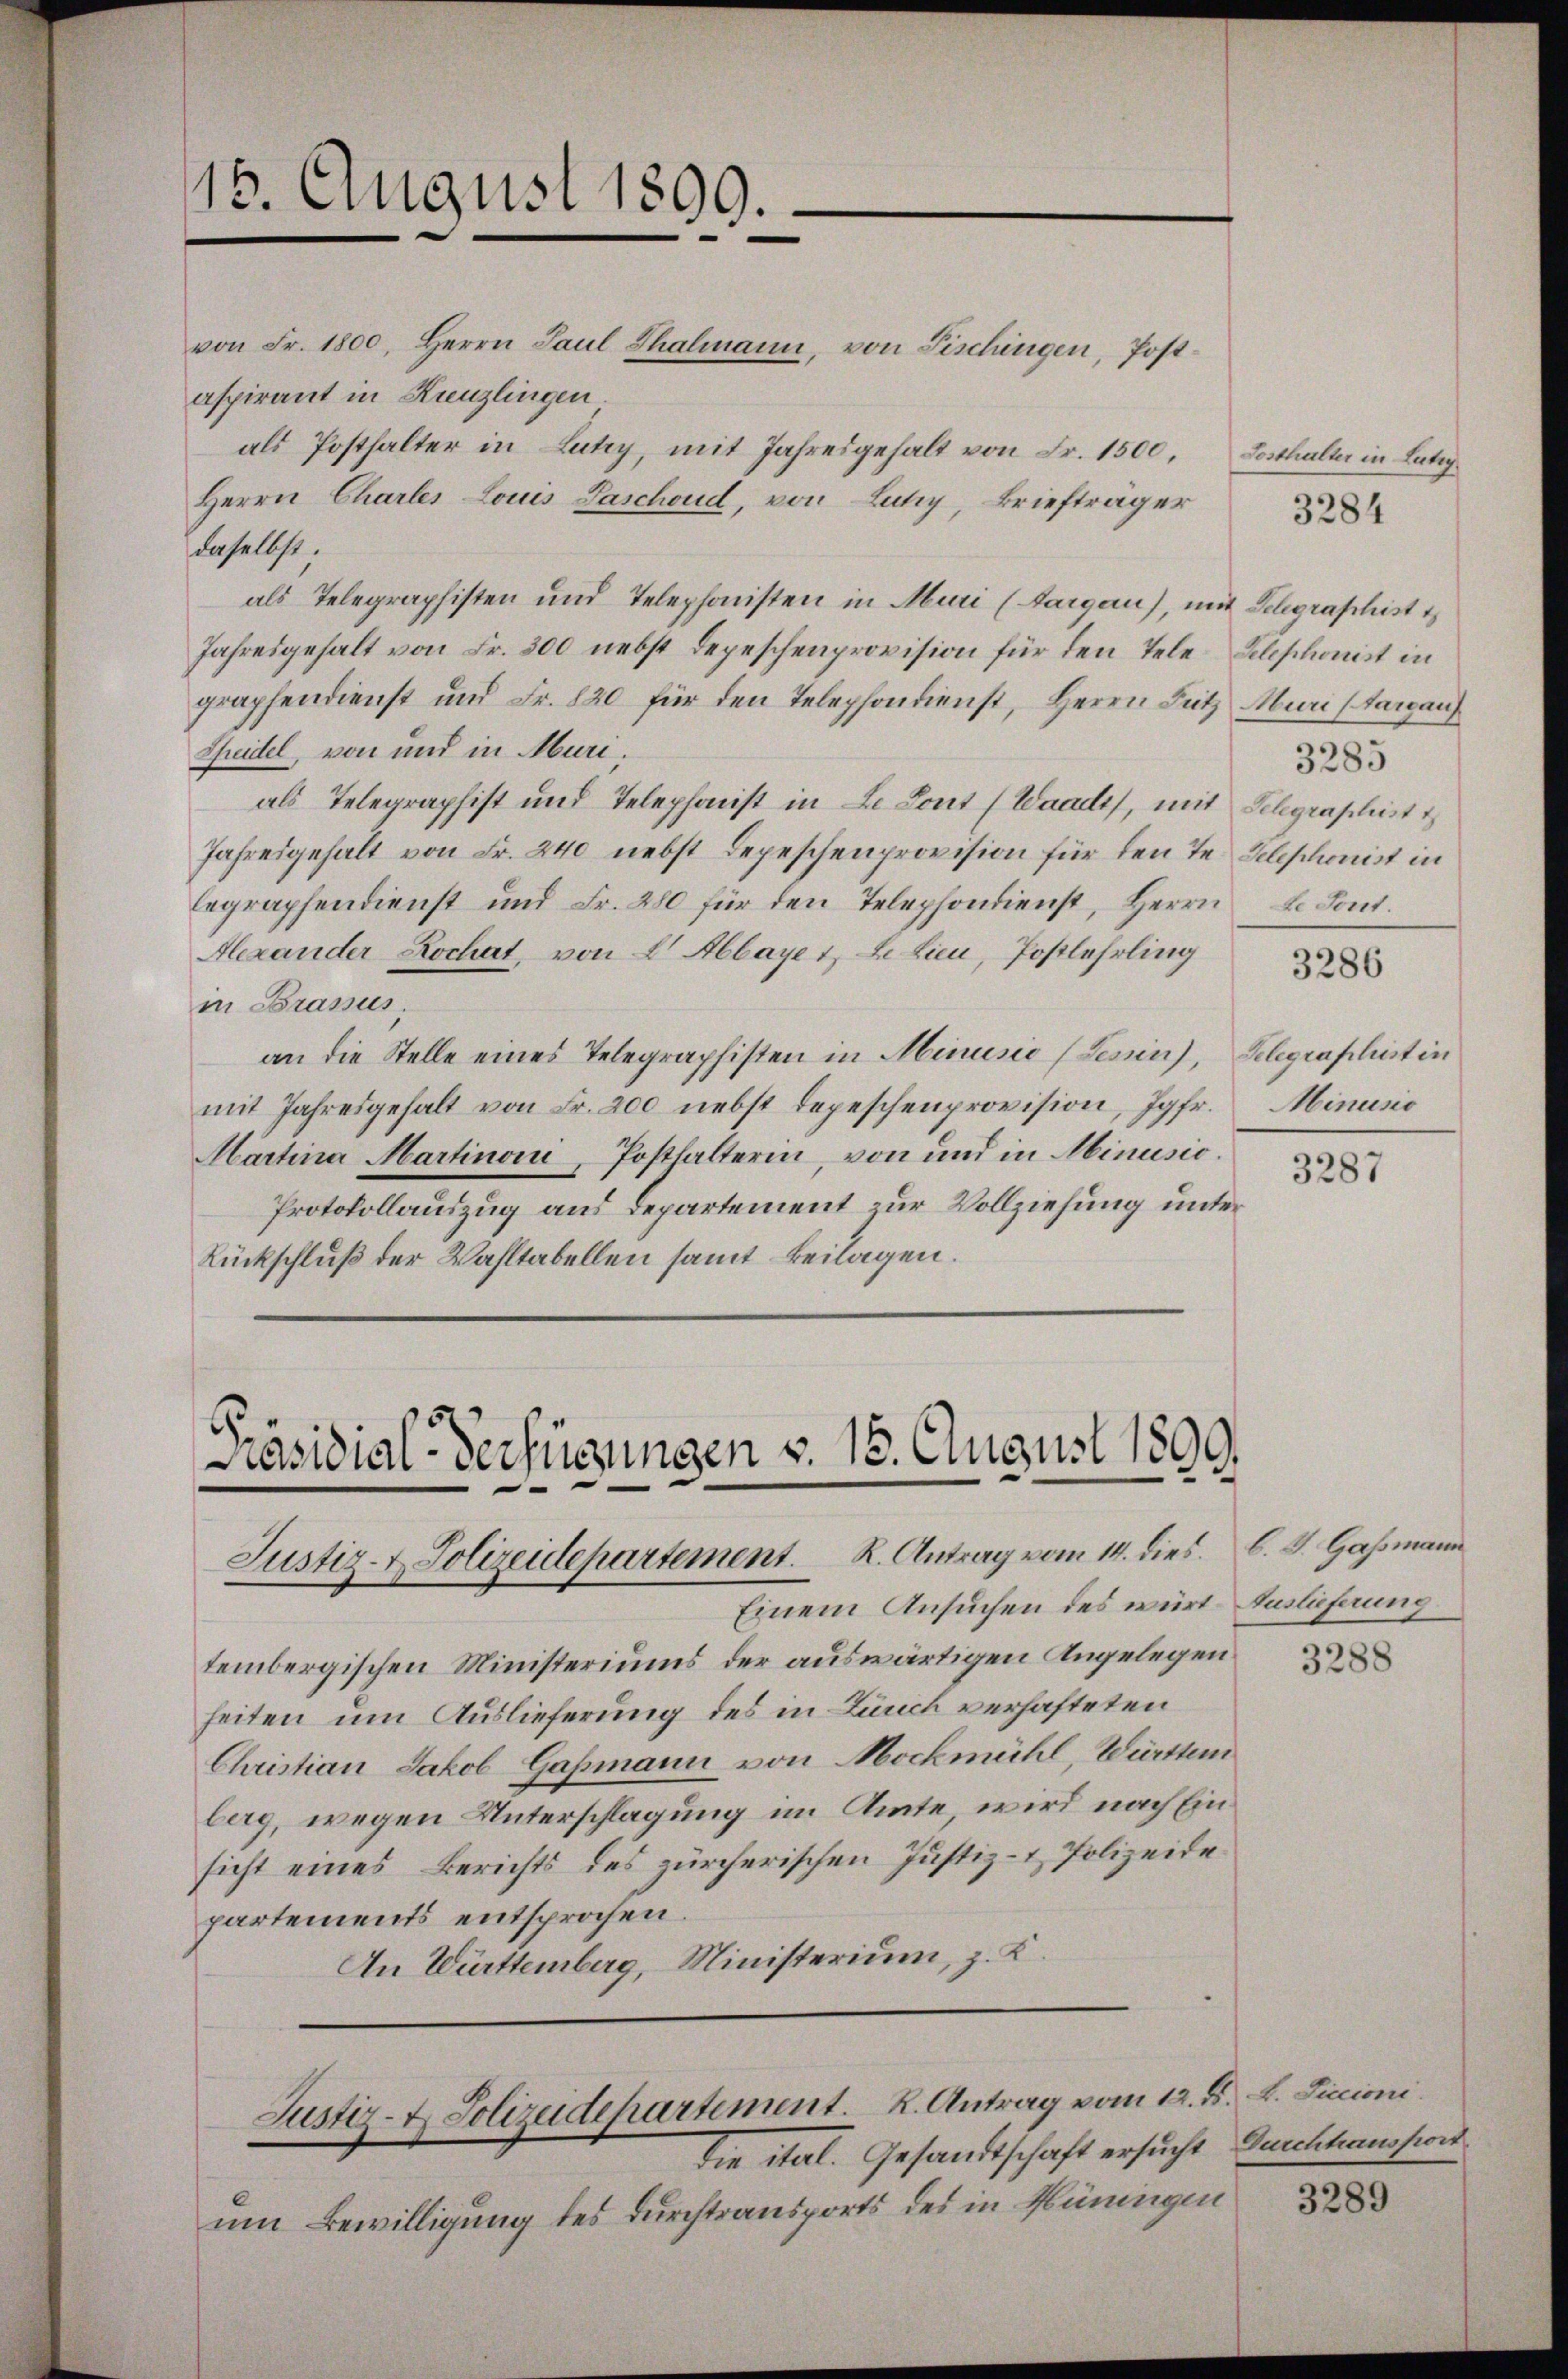
15. August 1890.
.

Präsidial-Verfügungen v. 18. August 1899
Justiz- & Polizeidepartement. K. Antrag vom 14. dies. B. J. Gassmann

von Fr. 1800, Herrn Paul Thalmann, von Fischingen, Post-
aspirant in Kreuzlingen.
als Posthalter in Lutry, mit Jahresgehalt von Fr. 1500, Losthalter in Latig
Herrn Charler Louis Paschond, von Lutry, Briefträger
daselbst;
als Telegraphisten und Telephonisten in Muri (Aargau), mit Schgraphist
Jahresgehalt von Fr. 300 nebst Depeschenprovision für den Tele Telephonist in
graphendienst und Fr. 820 für den Telephondienst, Herrn Sutz
Scheidel, von und in Muri,
als Telegraphist und Telephonst in L. Sont (Waadt, mit Schgraphist
Jahresgehalt von Fr. 240 nebst Depeschenprovision für den Te. Telephonist in
Eegraphendienst und Fr. 280 für den Telephondienst, Herrn
Alexander Kochat, von 2. Abbaye 1, Le Lieu, Postlehrling
in Bramus.
an die Stelle eines Telegraphisten in Minusio (Lenin), Gelegraphist in
mit Jahresgehalt von Fr. 200 nebst depeschenprovision, Jgfr.
Martina Martino, Posthalterin, von und in Minusio¬
Protokollauszug aus Departement zur Vollziehung unter
Rückschluß der Wahltabellen samt beilagen.

um Bewilligung des Durchtransports des in Hüningen

Justiz- & Polizeidepartement. K. Antrag vom 12. d. L. Ficioni
die ital. Gesandtschaft ersucht, Buchhausport

3284

Muri (Aargauf
3285
e Sonst.

Einem Ansuchen des würt Auslieferung
tembergischen Ministeriums der auswärtigen Angelegen
heiten um Auslieferung des in Lauch verhafteten
Christian Jakob Gaßmann von Mockmühl, Württem
berg, wegen Unterschlagung im Amte, wird nach Einsicht eines Berichts des zürcherischen Justiz- & Polizeide
partements entsprochen.
An Württemberg, Ministerium, z. K.

3286

Minusio

3287

3288

3289